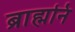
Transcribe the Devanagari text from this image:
ब्राह्मनि